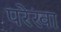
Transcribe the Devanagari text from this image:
परेखा